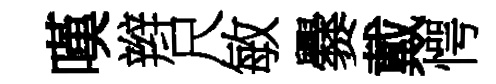
嘆辫尺敏爨戴愕